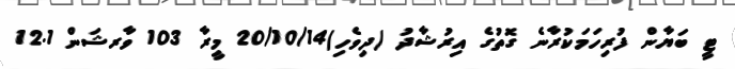
ޓީ ބަޔާން ފުރިހަމަކުރާނެ ގޮތުގެ އިރުޝާދު (ދިވެހި)20/10/14 މީރާ 103 ވާރޝަން 12.1